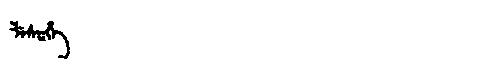
Manchu: ᠯᡝᠰᡠᡥᡝ
Romanization: LESUHE